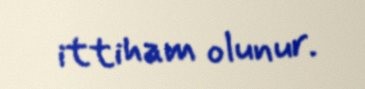
ittiham olunur.